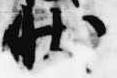
状